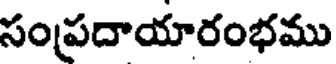
సంప్రదాయారంభము